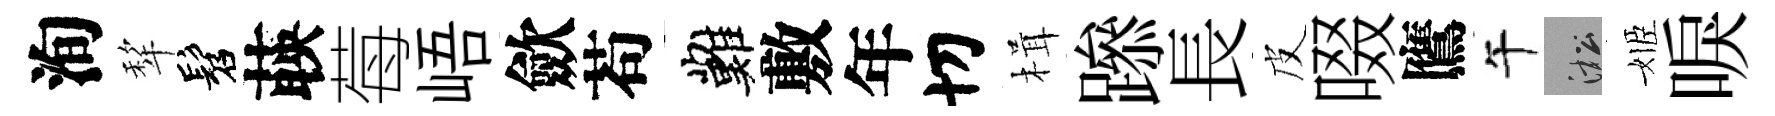
洵犂髫𦴤莓峿歛苟難敷年切楫𨅶長皮啜鷹午淞姬唳